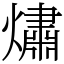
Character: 熽